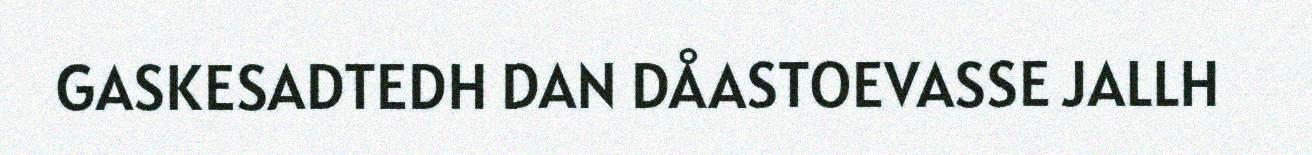
GASKESADTEDH DAN DÅASTOEVASSE JALLH